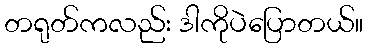
တရုတ်ကလည်း ဒါကိုပဲပြောတယ်။